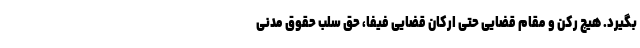
بگیرد. هیچ رکن و مقام قضایی حتی ارکان قضایی فیفا، حق سلب حقوق مدنی